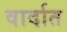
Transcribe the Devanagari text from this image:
वार्दात